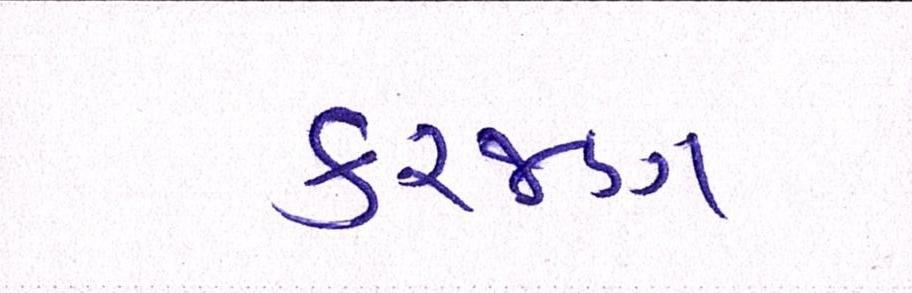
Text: કરજણ